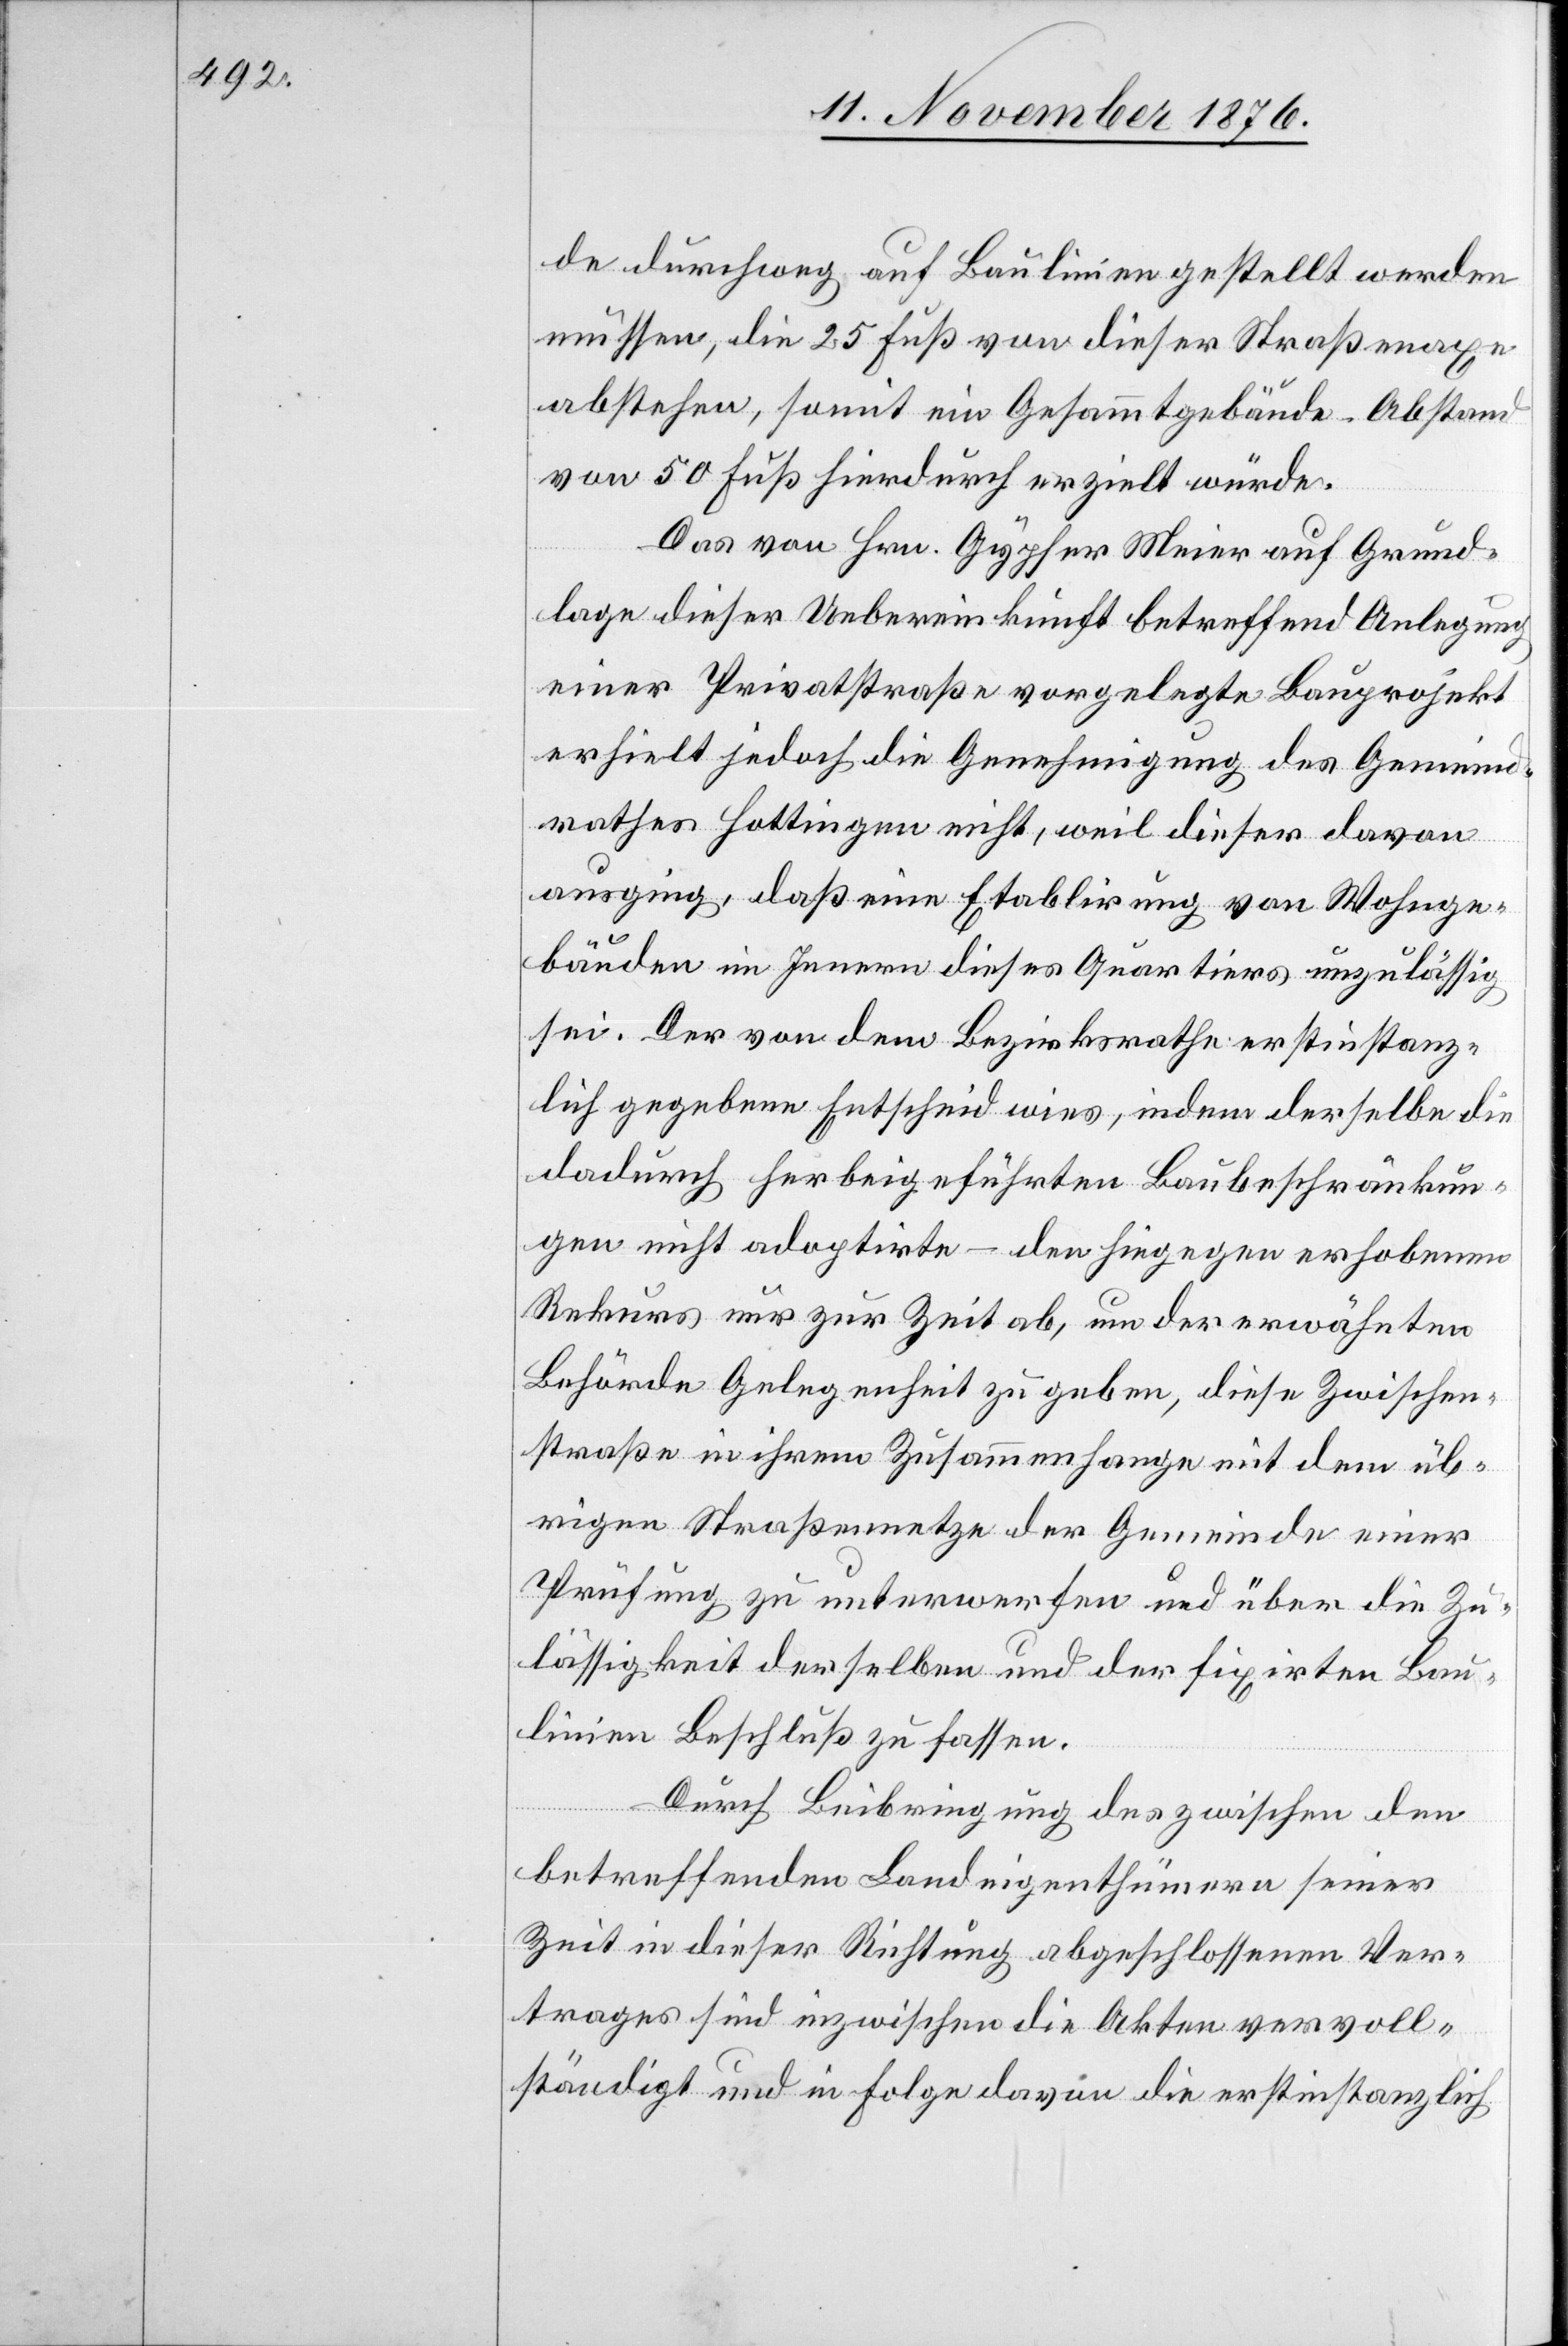
de durchweg auf Baulinien gestellt werden
müssen, die 25 Fuß von dieser Straßenaxe
abstehen, somit ein Gesammtgebäude-Abstand
von 50 Fuß hierdurch erzielt würde.
Das von Hrn. Gypser Meier auf Grund¬
lage dieser Uebereinkunft betreffend Anlegung
einer Privatstraße vorgelegte Bauprojekt
erhielt jedoch die Genehmigung des Gemeind¬
rathes Hottingen nicht, weil dieser davon
ausging, daß eine Etablirung von Wohnge¬
bäuden im Innern dieses Quartiers unzulässig
sei. Der von dem Bezirksrathes erstinstanz¬
lich gegebene Entscheid wies, indem derselbe die
dadurch herbeigeführten Baubeschränkun¬
gen nicht adoptirte – den hiegegen erhobenen
Rekurs nur zur Zeit ab, um der erwähnten
Behörde Gelegenheit zu geben, diese Zwischen¬
straße in ihrem Zusammenhange mit dem üb¬
rigen Straßennetze der Gemeinde einer
Prüfung zu unterwerfen und über die Zu¬
lässigkeit derselben und der fixirten Bau¬
linien Beschluß zu fassen.
Durch Beibringung des zwischen den
betreffenden Landeigenthümern seiner
Zeit in dieser Richtung abgeschlossenen Ver¬
trages sind inzwischen die Akten vervoll¬
ständigt und in Folge davon die erstinstanzlich